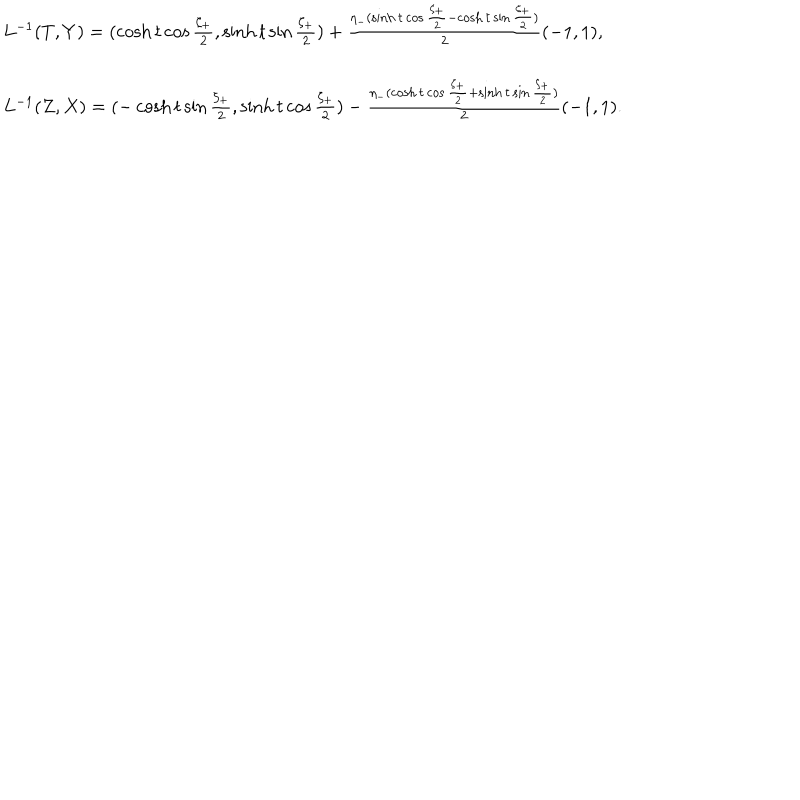
\begin{array} { l } { { L ^ { - 1 } ( T , Y ) = ( \cosh t \cos \frac { \zeta _ { + } } { 2 } , \sinh t \sin \frac { \zeta _ { + } } { 2 } ) + \frac { \eta _ { - } ( \sinh t \cos \frac { \zeta _ { + } } { 2 } - \cosh t \sin \frac { \zeta _ { + } } { 2 } ) } { 2 } ( - 1 , 1 ) , } } \\ { { { } } } \\ { { L ^ { - 1 } ( Z , X ) = ( - \cosh t \sin \frac { \zeta _ { + } } { 2 } , \sinh t \cos \frac { \zeta _ { + } } { 2 } ) - \frac { \eta _ { - } ( \cosh t \cos \frac { \zeta _ { + } } { 2 } + \sinh t \sin \frac { \zeta _ { + } } { 2 } ) } { 2 } ( - 1 , 1 ) . } } \\ \end{array}